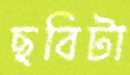
ছবিটা